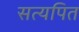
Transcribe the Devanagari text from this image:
सत्यपित